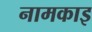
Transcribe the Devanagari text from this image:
नामकाइ